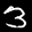
Label: 3